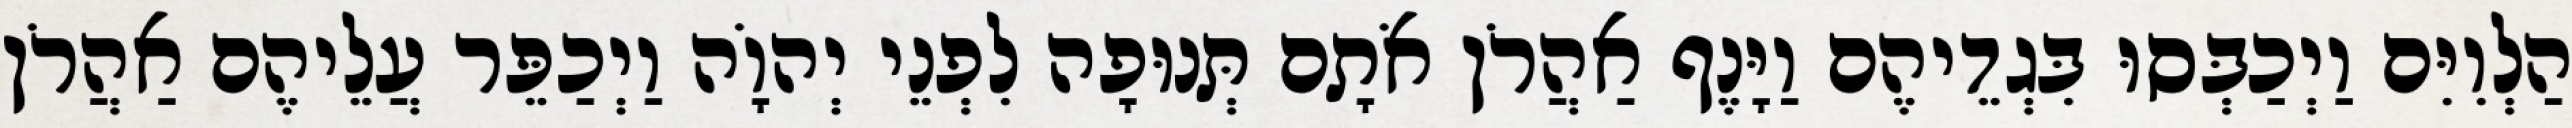
הַלְוִיִּם וַיְכַבְּסוּ בִּגְדֵיהֶם וַיָּנֶף אַהֲרֹן אֹתָם תְּנוּפָה לִפְנֵי יְהוָֹה וַיְכַפֵּר עֲלֵיהֶם אַהֲרֹן